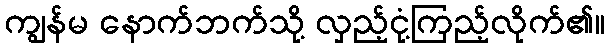
ကျွန်မ နောက်ဘက်သို့ လှည့်ငုံ့ကြည့်လိုက်၏။